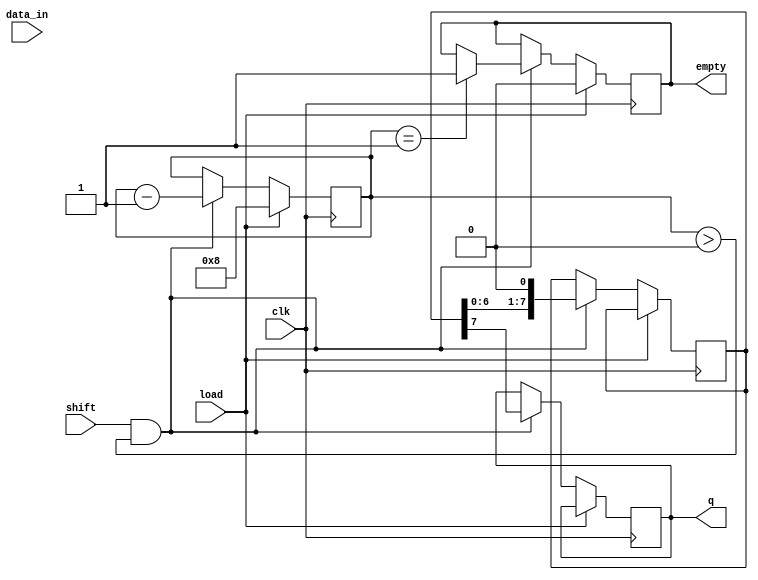
module TwoStagePISO #(
    parameter WIDTH = 8  // Define the width of the register (number of parallel inputs)
)(
    input wire clk,            // Clock signal
    input wire load,           // Load control signal
    input wire shift,          // Shift control signal
    input wire [WIDTH-1:0] data_in,  // Parallel input data
    output reg q,              // Serial output
    output reg empty           // Signal to indicate if the shift register is empty
);

    // Internal registers for the two storage stages
    reg [WIDTH-1:0] stage1;
    reg [WIDTH-1:0] stage2;
    reg [3:0] count; // Counter to keep track of shifted bits

    // State machine to manage loading and shifting operations
    always @(posedge clk) begin
        if (load) begin
            // Load data into Stage 1
            stage1 <= data_in;
            empty <= 0; // Data is loaded, not empty
            count <= WIDTH; // Initialize count for shifting
        end else if (shift && count > 0) begin
            // Transfer Stage 1 to Stage 2 when shifting starts
            if (count == WIDTH) begin
                stage2 <= stage1; // Transfer from Stage 1 to Stage 2
            end
            
            // Shift data out from Stage 2
            q <= stage2[WIDTH-1]; // Get the MSB of Stage 2
            stage2 <= {stage2[WIDTH-2:0], 1'b0}; // Shift left
            count <= count - 1; // Decrement the counter
            
            // Update empty signal
            if (count == 1) begin
                empty <= 1; // Mark as empty when last bit is shifted out
            end
        end
    end

endmodule